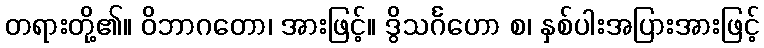
တရားတို့၏။ ဝိဘာဂတော၊ အားဖြင့်။ ဒွိသင်္ဂဟော စ၊ နှစ်ပါးအပြားအားဖြင့်